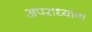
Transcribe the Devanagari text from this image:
अपराध्यांना